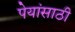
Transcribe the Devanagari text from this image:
पेयांसाठी